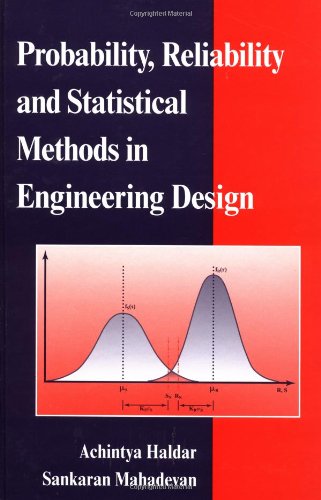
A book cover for Probability, Reliability, and Statistical Methods in Engineering Design; Achintya Haldar; Engineering & Transportation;